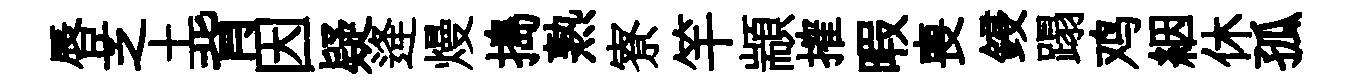
唇芝土背因疑逄熳搗熟寮竿顓搉暇喪鋟蹋鸡絪休孤